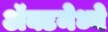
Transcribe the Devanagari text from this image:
ॲक्टमेध्ये